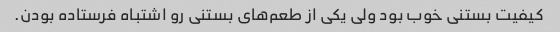
کیفیت بستنی خوب بود ولی یکی از طعم‌های بستنی رو اشتباه فرستاده بودن.